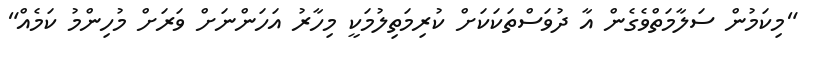
"މިކަމުން ސަލާމަތްވެގެން އާ ދުވަސްތަކަކަށް ކުރިމަތިލުމަކީ މިހާރު އަހަންނަށް ވަރަށް މުހިންމު ކަމެއް"